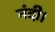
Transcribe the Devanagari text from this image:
नंदी।